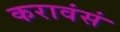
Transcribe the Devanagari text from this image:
करावंसं